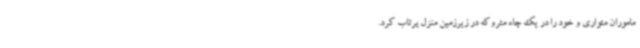
ماموران متواری و خود را در یک چاه متروکه در زیرزمین منزل پرتاب کرد.